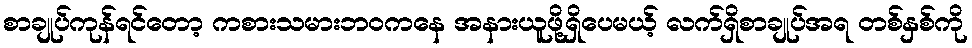
စာချုပ်ကုန်ရင်တော့ ကစားသမားဘဝကနေ အနားယူဖို့ရှိပေမယ့် လက်ရှိစာချုပ်အရ တစ်နှစ်ကို